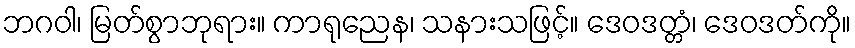
ဘဂဝါ၊ မြတ်စွာဘုရား။ ကာရုညေန၊ သနားသဖြင့်။ ဒေဝဒတ္တံ၊ ဒေဝဒတ်ကို။